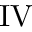
\mathrm { I V }